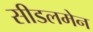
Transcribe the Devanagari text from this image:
सीडलमेन